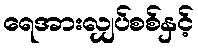
ရေအားလျှပ်စစ်နှင့်